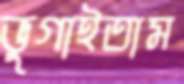
ভুগাইতাম